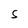
Character: S